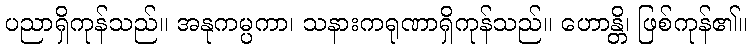
ပညာရှိကုန်သည်။ အနုကမ္ပကာ၊ သနားကရုဏာရှိကုန်သည်။ ဟောန္တိ၊ ဖြစ်ကုန်၏။